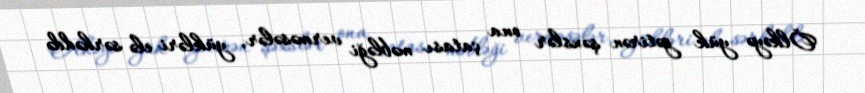
Ölkəyə yük gətirən şəxslər ona çatası məbləği verməsələr, yükləri elə sərhəddə